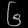
Digit: ၆